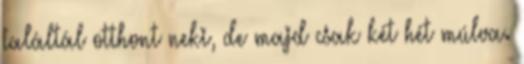
találtál otthont neki, de majd csak két hét múlva.